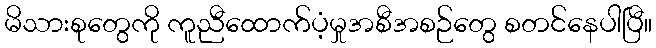
မိသားစုတွေကို ကူညီထောက်ပံ့မှုအစီအစဉ်တွေ စတင်နေပါပြီ။